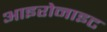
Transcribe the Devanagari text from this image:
आइरोनाइट